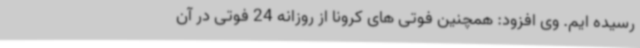
رسیده ایم. وی افزود: همچنین فوتی های کرونا از روزانه 24 فوتی در آن